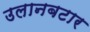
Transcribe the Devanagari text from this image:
उलानबटार